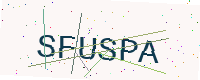
Text: SFUSPA